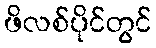
ဖိလစ်ပိုင်တွင်